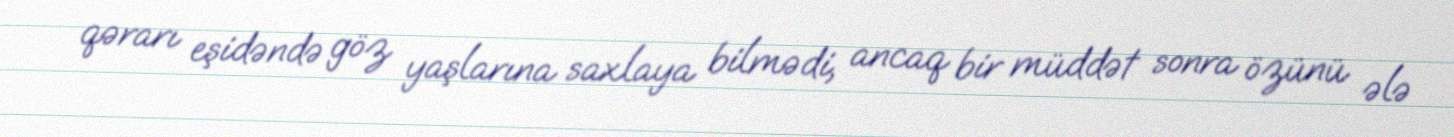
qərarı eşidəndə göz yaşlarına saxlaya bilmədi, ancaq bir müddət sonra özünü ələ